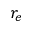
r _ { e }